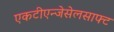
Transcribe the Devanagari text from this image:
एकटीएन्जेसेलसाफ्ट